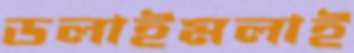
ডলাইমলাই